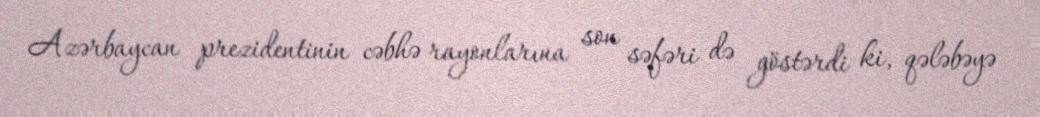
Azərbaycan prezidentinin cəbhə rayonlarına son səfəri də göstərdi ki, qələbəyə